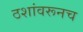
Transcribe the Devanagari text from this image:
ठशांवरूनच